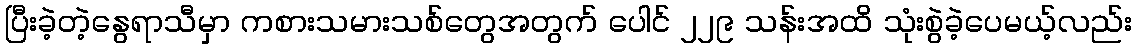
ပြီးခဲ့တဲ့နွေရာသီမှာ ကစားသမားသစ်တွေအတွက် ပေါင် ၂၂၉ သန်းအထိ သုံးစွဲခဲ့ပေမယ့်လည်း